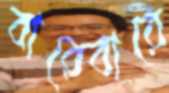
বারেবারে